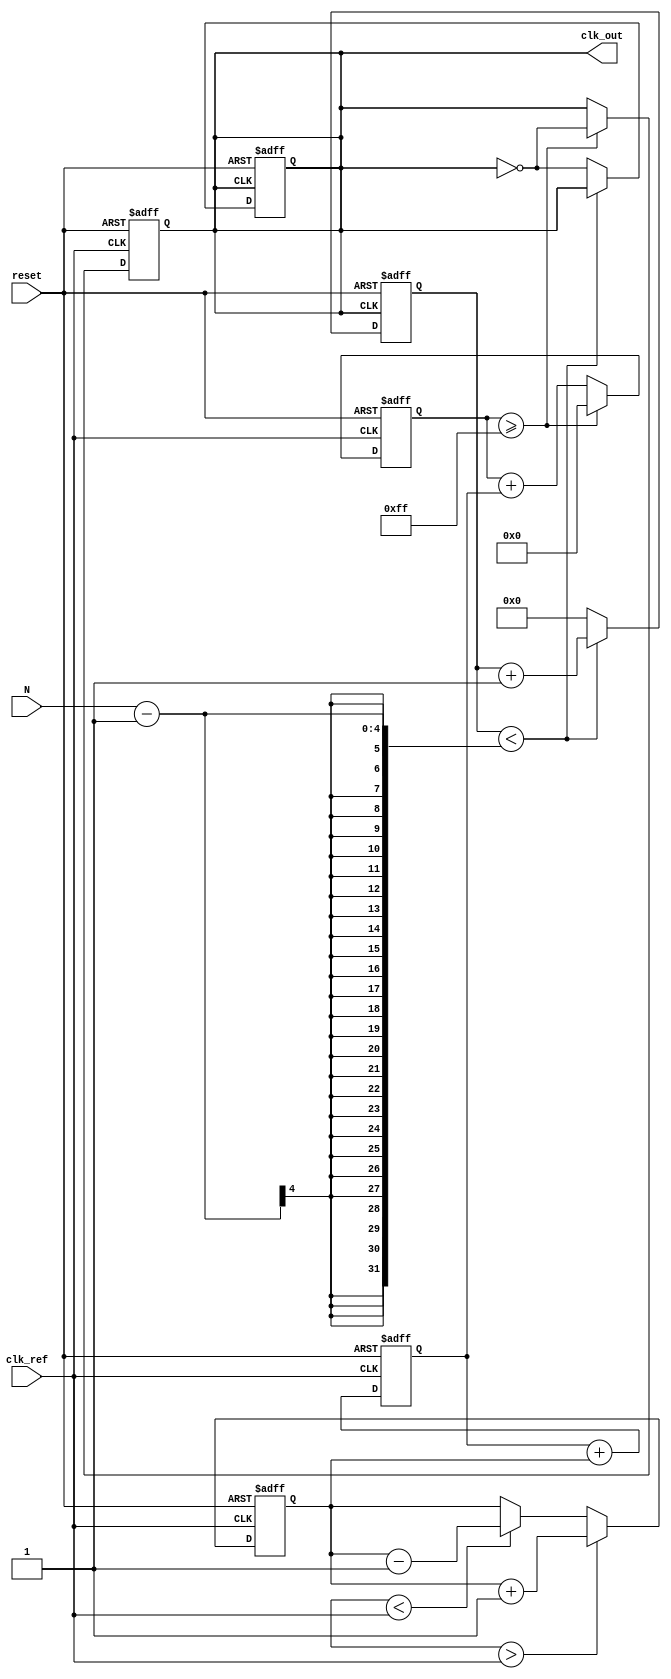
module integer_n_pll (
    input wire clk_ref,        // Reference clock input
    input wire reset,          // Reset signal
    input wire [3:0] N,        // Division factor (integer N)
    output reg clk_out         // Output clock
);

    // Internal signals
    reg [3:0] phase_error;     // Phase error signal
    reg [7:0] vco_count;       // VCO counter
    reg [7:0] vco_output;      // VCO output frequency
    reg [7:0] loop_filter;     // Loop filter output
    reg [3:0] divider_count;   // Divider counter

    // Phase Detector (PD)
    always @(posedge clk_ref or posedge reset) begin
        if (reset) begin
            phase_error <= 0;
        end else begin
            // Simple phase error detection logic
            // This is a placeholder; actual implementation may vary
            if (vco_output > clk_ref) begin
                phase_error <= phase_error + 1; // Phase leading
            end else if (vco_output < clk_ref) begin
                phase_error <= phase_error - 1; // Phase lagging
            end
        end
    end

    // Loop Filter (LF)
    always @(posedge clk_ref or posedge reset) begin
        if (reset) begin
            loop_filter <= 0;
        end else begin
            // Simple first-order loop filter
            loop_filter <= loop_filter + phase_error;
        end
    end

    // Voltage-Controlled Oscillator (VCO)
    always @(posedge clk_ref or posedge reset) begin
        if (reset) begin
            vco_count <= 0;
            clk_out <= 0;
        end else begin
            // Adjust VCO frequency based on loop filter output
            vco_count <= vco_count + loop_filter;
            if (vco_count >= 255) begin
                clk_out <= ~clk_out; // Toggle output clock
                vco_count <= 0;      // Reset counter
            end
        end
    end

    // Divider (N-divider)
    always @(posedge clk_out or posedge reset) begin
        if (reset) begin
            divider_count <= 0;
            clk_out <= 0; // Reset output clock
        end else begin
            if (divider_count < N - 1) begin
                divider_count <= divider_count + 1;
            end else begin
                clk_out <= ~clk_out; // Toggle output clock
                divider_count <= 0;   // Reset divider count
            end
        end
    end

endmodule